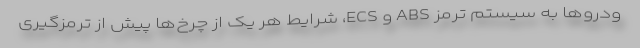
ودروها به سیستم ترمز ABS و ECS، شرایط هر یک از چرخ‌ها پیش از ترمزگیری